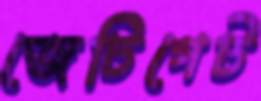
জেটিগেট